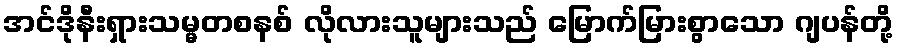
အင်ဒိုနီးရှားသမ္မတစနစ် လိုလားသူများသည် မြောက်မြားစွာသော ဂျပန်တို့